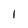
Character: 1